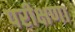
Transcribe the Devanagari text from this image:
परीक्षणा